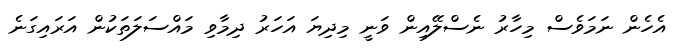
އެހެން ނަމަވެސް މިހާރު ނެސްލޭއިން ވަނީ މިދިޔަ އަހަރު ދިމާވި މައްސަލަތަކުން އަރައިގަނެ